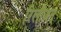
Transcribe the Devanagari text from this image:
रिलीजन्